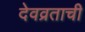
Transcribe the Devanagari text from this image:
देवव्रताची